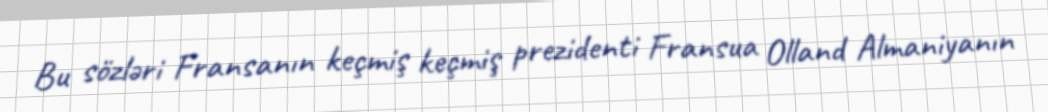
Bu sözləri Fransanın keçmiş keçmiş prezidenti Fransua Olland Almaniyanın